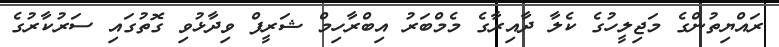
ރައްޔިތުންގެ މަޖިލީހުގެ ކެލާ ދާއިރާގެ މެމްބަރު އިބްރާހިމް ޝަރީފް ވިދާޅުވި ގޮތުގައި ސަރުކާރުގެ